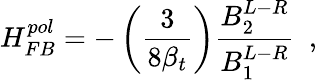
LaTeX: H_{FB}^{pol}=-\left({\frac{3}{8\beta_{t}}}\right){\frac{B_{2}^{L-R}}{B_{1}^{L-R}}}\ \ ,